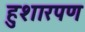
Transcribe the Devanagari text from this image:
हुशारपण